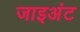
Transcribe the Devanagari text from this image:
जाइअंट